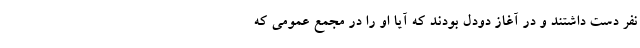
نفر دست داشتند و در آغاز دودل بودند که آیا او را در مجمع عمومی که